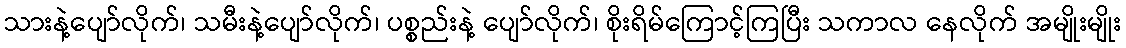
သားနဲ့ပျော်လိုက်၊ သမီးနဲ့ပျော်လိုက်၊ ပစ္စည်းနဲ့ ပျော်လိုက်၊ စိုးရိမ်ကြောင့်ကြပြီး သကာလ နေလိုက် အမျိုးမျိုး